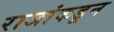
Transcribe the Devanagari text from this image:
राजांकडून